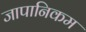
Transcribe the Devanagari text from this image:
जापानिकम